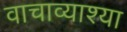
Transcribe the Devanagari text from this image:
वाचाव्याश्या